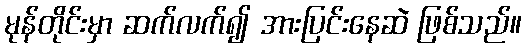
မုန်တိုင်းမှာ ဆက်လက်၍ အားပြင်းနေဆဲ ဖြစ်သည်။